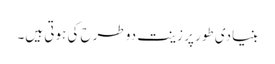
بنیادی طور پر زینت دو طرح کی ہوتی ہیں۔